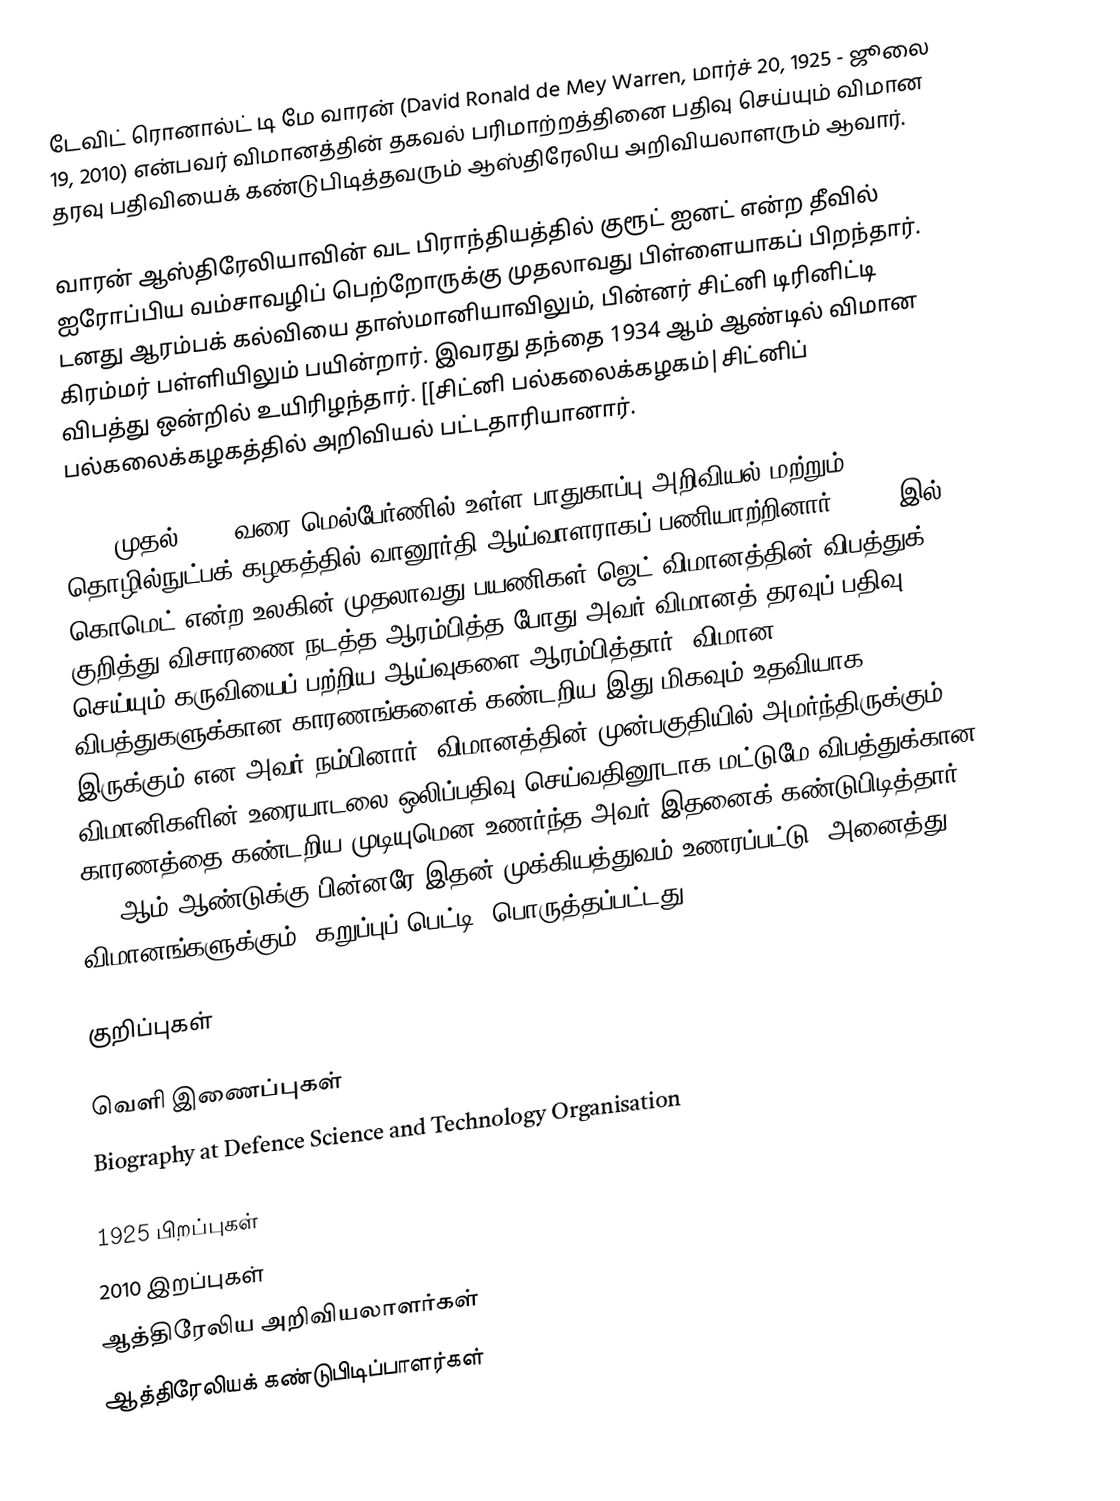
டேவிட் ரொனால்ட் டி மே வாரன் (David Ronald de Mey Warren, மார்ச் 20, 1925 - ஜூலை 19, 2010) என்பவர் விமானத்தின் தகவல் பரிமாற்றத்தினை பதிவு செய்யும் விமான தரவு பதிவியைக் கண்டுபிடித்தவரும் ஆஸ்திரேலிய அறிவியலாளரும் ஆவார்.

வாரன் ஆஸ்திரேலியாவின் வட பிராந்தியத்தில் குரூட் ஐனட் என்ற தீவில் ஐரோப்பிய வம்சாவழிப் பெற்றோருக்கு முதலாவது பிள்ளையாகப் பிறந்தார். டனது ஆரம்பக் கல்வியை தாஸ்மானியாவிலும், பின்னர் சிட்னி டிரினிட்டி கிரம்மர் பள்ளியிலும் பயின்றார். இவரது தந்தை 1934 ஆம் ஆண்டில் விமான விபத்து ஒன்றில் உயிரிழந்தார். [[சிட்னி பல்கலைக்கழகம்|சிட்னிப் பல்கலைக்கழகத்தில் அறிவியல் பட்டதாரியானார்.

1952 முதல் 1983 வரை மெல்பேர்ணில் உள்ள பாதுகாப்பு அறிவியல் மற்றும் தொழில்நுட்பக் கழகத்தில் வானூர்தி ஆய்வாளராகப் பணியாற்றினார். 1953 இல் கொமெட் என்ற உலகின் முதலாவது பயணிகள் ஜெட் விமானத்தின் விபத்துக் குறித்து விசாரணை நடத்த ஆரம்பித்த போது அவர் விமானத் தரவுப் பதிவு செய்யும் கருவியைப் பற்றிய ஆய்வுகளை ஆரம்பித்தார். விமான விபத்துகளுக்கான காரணங்களைக் கண்டறிய இது மிகவும் உதவியாக இருக்கும் என அவர் நம்பினார். விமானத்தின் முன்பகுதியில் அமர்ந்திருக்கும் விமானிகளின் உரையாடலை ஒலிப்பதிவு செய்வதினூடாக மட்டுமே விபத்துக்கான காரணத்தை கண்டறிய முடியுமென உணர்ந்த அவர் இதனைக் கண்டுபிடித்தார். 1960ஆம் ஆண்டுக்கு பின்னரே இதன் முக்கியத்துவம் உணரப்பட்டு, அனைத்து விமானங்களுக்கும் 'கறுப்புப் பெட்டி' பொருத்தப்பட்டது.

குறிப்புகள்

வெளி இணைப்புகள்
 Biography at Defence Science and Technology Organisation

1925 பிறப்புகள்
2010 இறப்புகள்
ஆத்திரேலிய அறிவியலாளர்கள்
ஆத்திரேலியக் கண்டுபிடிப்பாளர்கள்